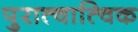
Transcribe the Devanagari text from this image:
पुरात्वात्विक